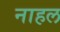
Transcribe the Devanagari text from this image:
नाहल